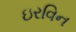
ઇરવિન